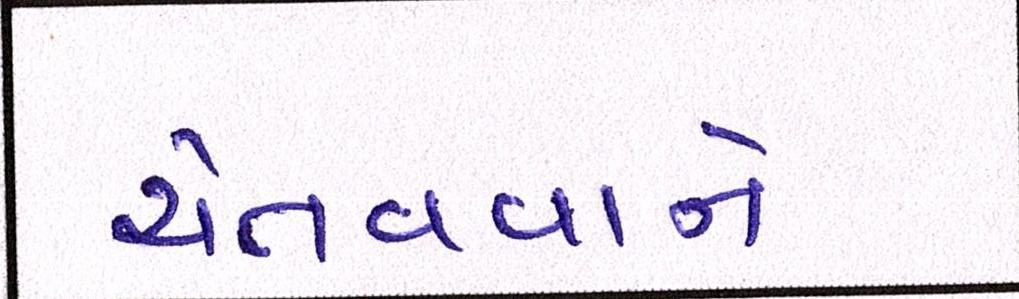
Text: ચેતવવાને